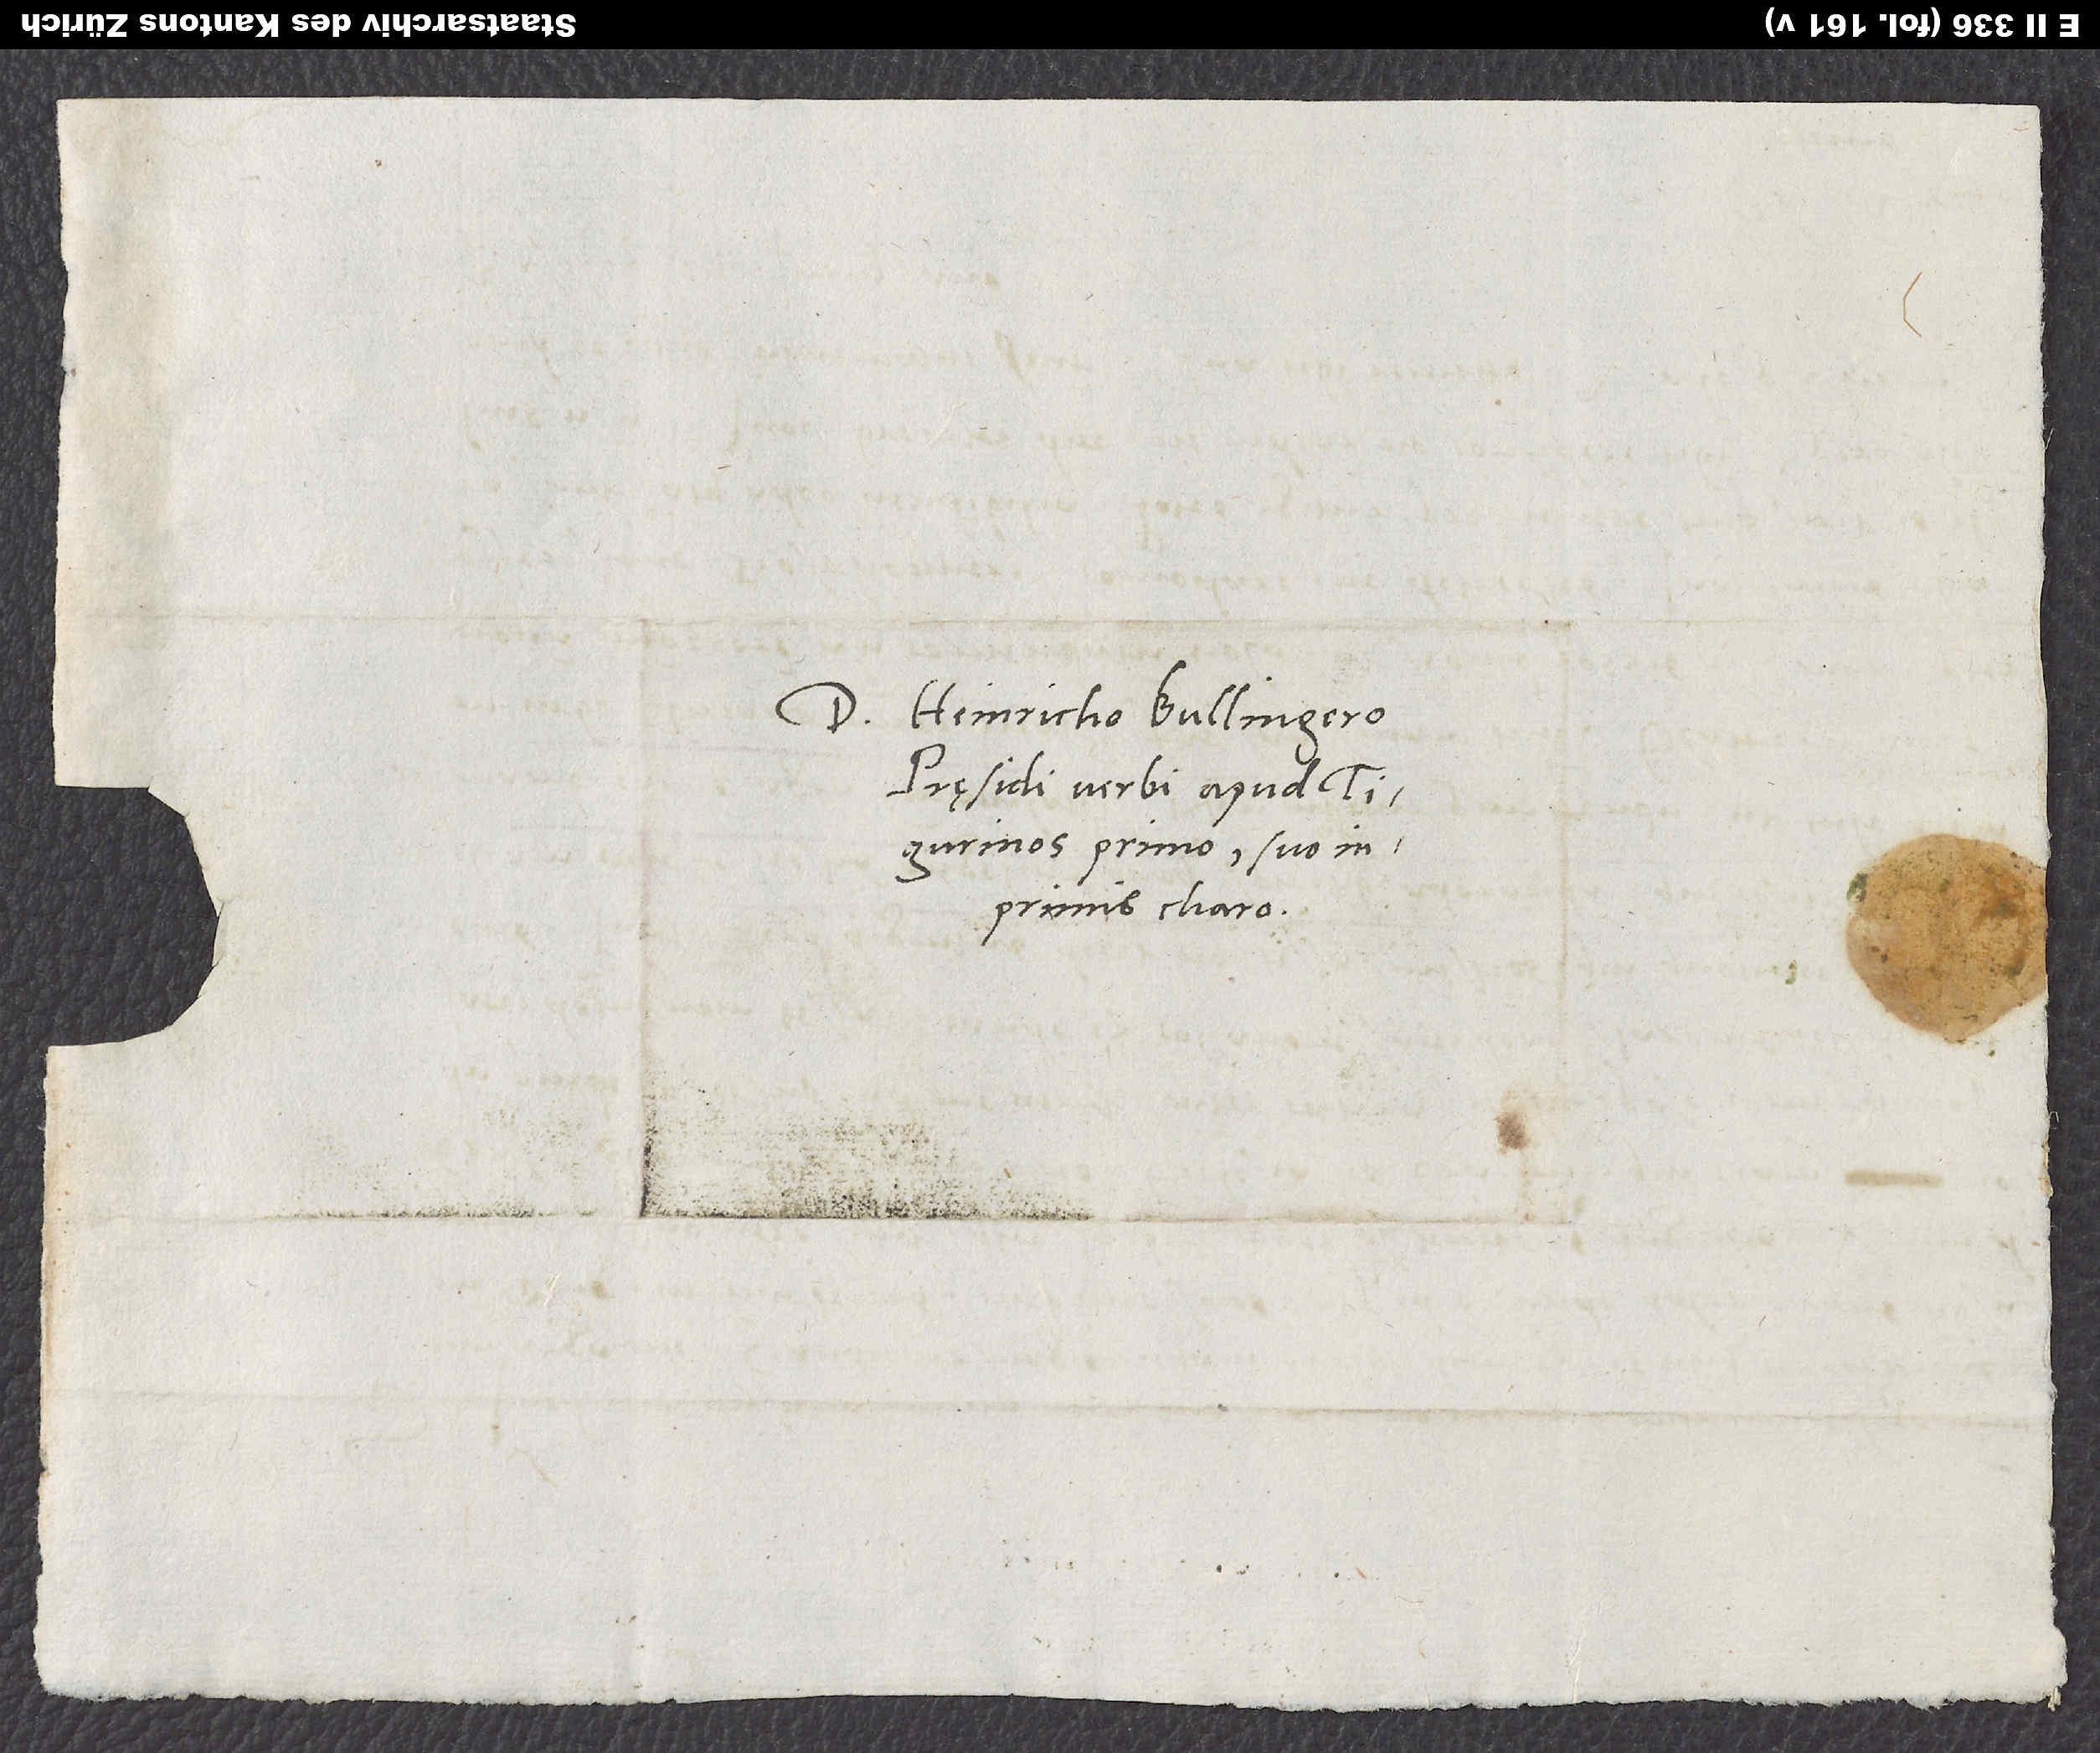
Domino Heinricho Bullingero,
pręsidi verbi apud
Tigurinos primo, suo
inprimis charo.